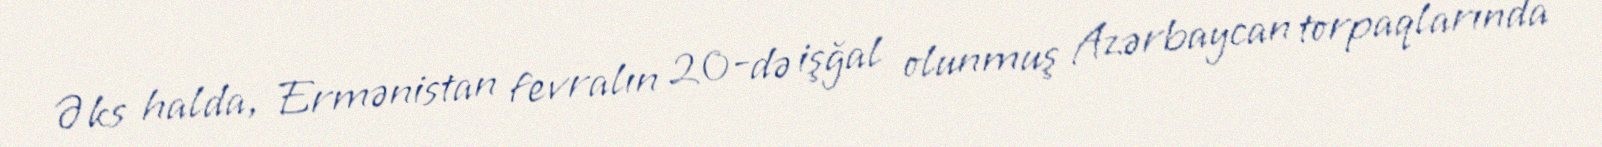
Əks halda, Ermənistan fevralın 20-də işğal olunmuş Azərbaycan torpaqlarında